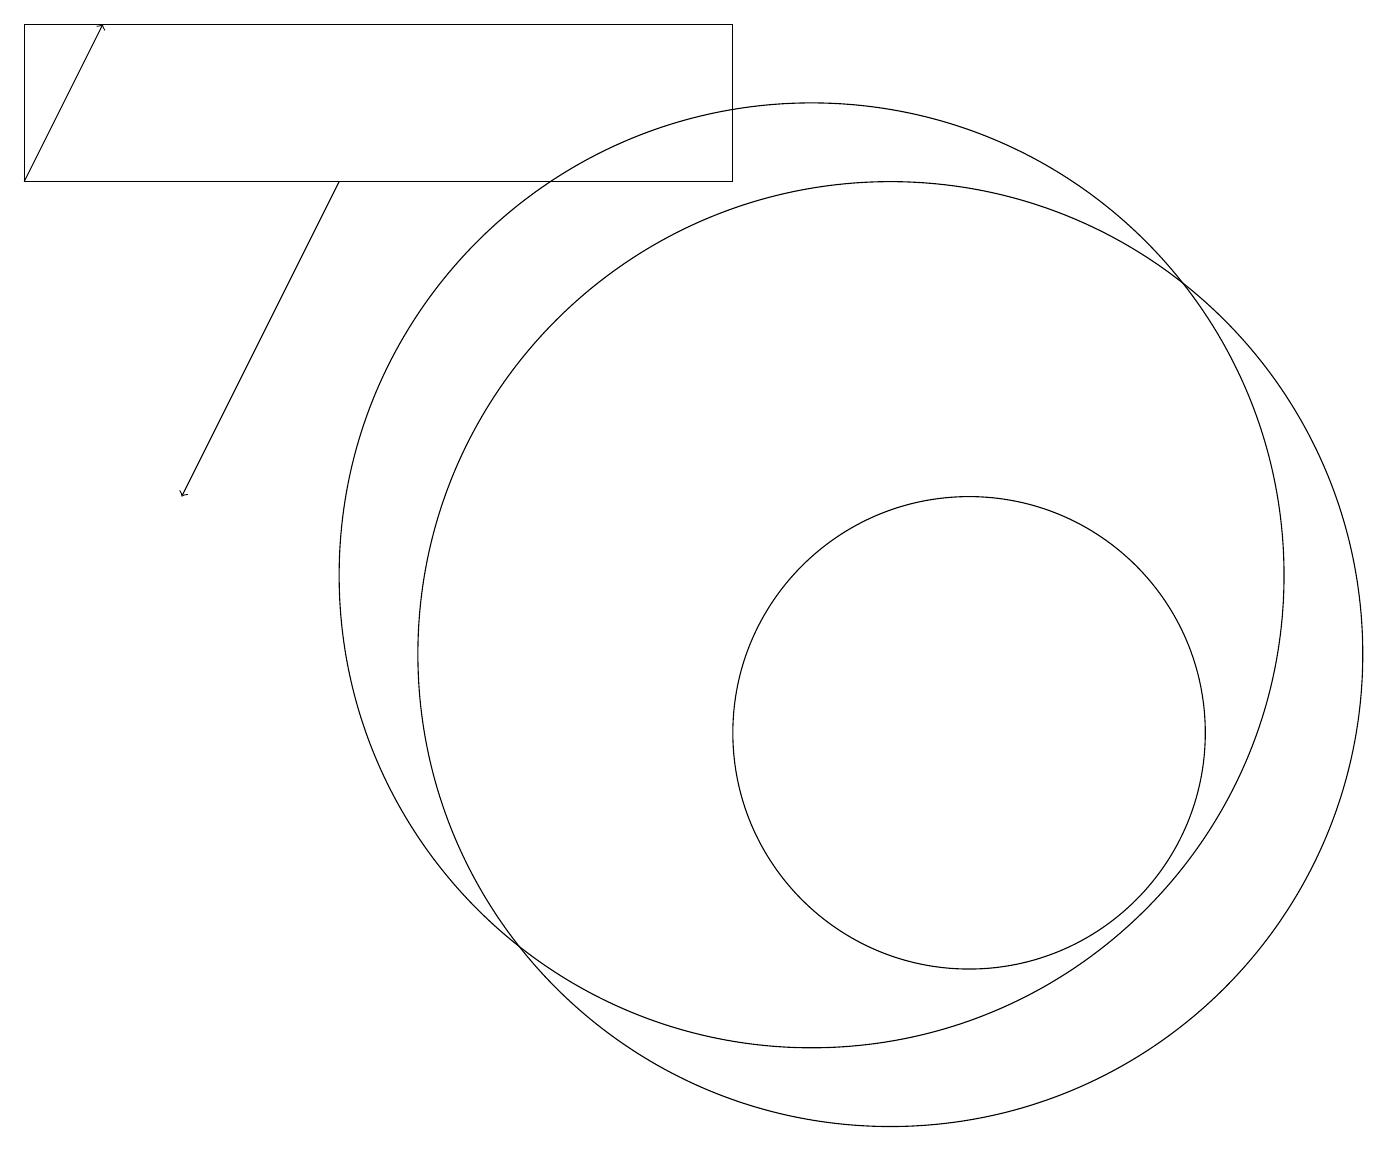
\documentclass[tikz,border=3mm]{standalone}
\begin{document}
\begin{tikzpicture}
\draw[->] (4,17) -- (2,13);
\draw (12,10) circle (3);
\draw (10,12) circle (6);
\draw (9,17) rectangle (0,19);
\draw[->] (0,17) -- (1,19);
\draw (11,11) circle (6);
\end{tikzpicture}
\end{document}